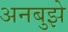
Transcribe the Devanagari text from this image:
अनबुझे